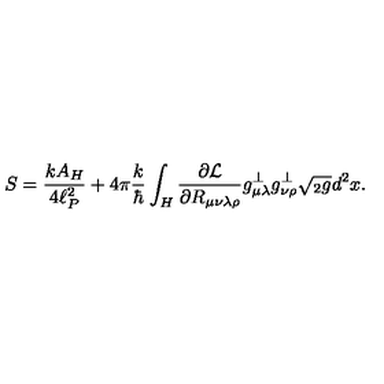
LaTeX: S = { \frac { k A _ { H } } { 4 \ell _ { P } ^ { 2 } } } + 4 \pi { \frac { k } { \hbar } } \int _ { H } { \frac { \partial { \cal L } } { \partial R _ { \mu \nu \lambda \rho } } } g _ { \mu \lambda } ^ { \perp } g _ { \nu \rho } ^ { \perp } \sqrt { { } _ { 2 } g } d ^ { 2 } x .